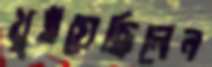
খুইয়েছিলেন